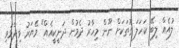
ލުއެއް ލިބޭ ކަހަލަ ގޮތަކަށް ނޫން މިހާރު ދެމުން ދަނީކީއެއް" މޭޔަރު ވިދާޅުވި